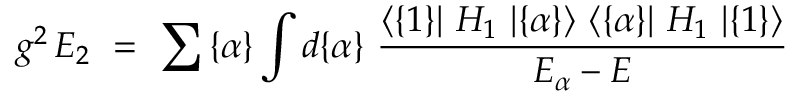
g ^ { 2 } \, E _ { 2 } ~ = ~ \sum { \{ \alpha \} } \int d \{ \alpha \} ~ { \frac { \langle \{ 1 \} \vert ~ H _ { 1 } ~ \vert \{ \alpha \} \rangle ~ \langle \{ \alpha \} \vert ~ H _ { 1 } ~ \vert \{ 1 \} \rangle } { E _ { \alpha } - E } }